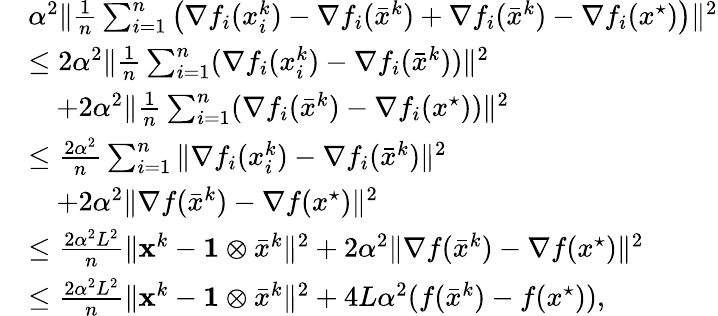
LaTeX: \begin{array}{rl}&{\alpha^{2}\| \frac{1}{n}\textstyle\sum_{i=1}^{n}\big(\nabla f_{i}(x_{i}^{k})-\nabla f_{i}(\bar{x}^{k})+\nabla f_{i}(\bar{x}^{k})-\nabla f_{i}(x^{\star})\big)\| ^{2}}\\ &{\leq 2\alpha^{2}\| \frac{1}{n}\textstyle\sum_{i=1}^{n}(\nabla f_{i}(x_{i}^{k})-\nabla f_{i}(\bar{x}^{k}))\| ^{2}}\\ &{\quad+2\alpha^{2}\| \frac{1}{n}\textstyle\sum_{i=1}^{n}(\nabla f_{i}(\bar{x}^{k})-\nabla f_{i}(x^{\star}))\| ^{2}}\\ &{\leq\frac{2\alpha^{2}}{n}\textstyle\sum_{i=1}^{n}\| \nabla f_{i}(x_{i}^{k})-\nabla f_{i}(\bar{x}^{k})\| ^{2}}\\ &{\quad+2\alpha^{2}\| \nabla f(\bar{x}^{k})-\nabla f(x^{\star})\| ^{2}}\\ &{\leq\frac{2\alpha^{2}L^{2}}{n}\| {\mathbf{x}}^{k}-\mathbf{1}\otimes\bar{x}^{k}\| ^{2}+2\alpha^{2}\| \nabla f(\bar{x}^{k})-\nabla f(x^{\star})\| ^{2}}\\ &{\leq\frac{2\alpha^{2}L^{2}}{n}\| {\mathbf{x}}^{k}-\mathbf{1}\otimes\bar{x}^{k}\| ^{2}+4L\alpha^{2}(f(\bar{x}^{k})-f(x^{\star})),}\end{array}